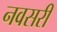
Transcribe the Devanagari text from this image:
नवसरी